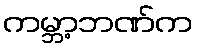
ကမ္ဘာ့ဘဏ်က